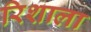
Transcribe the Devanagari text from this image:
रिशाला